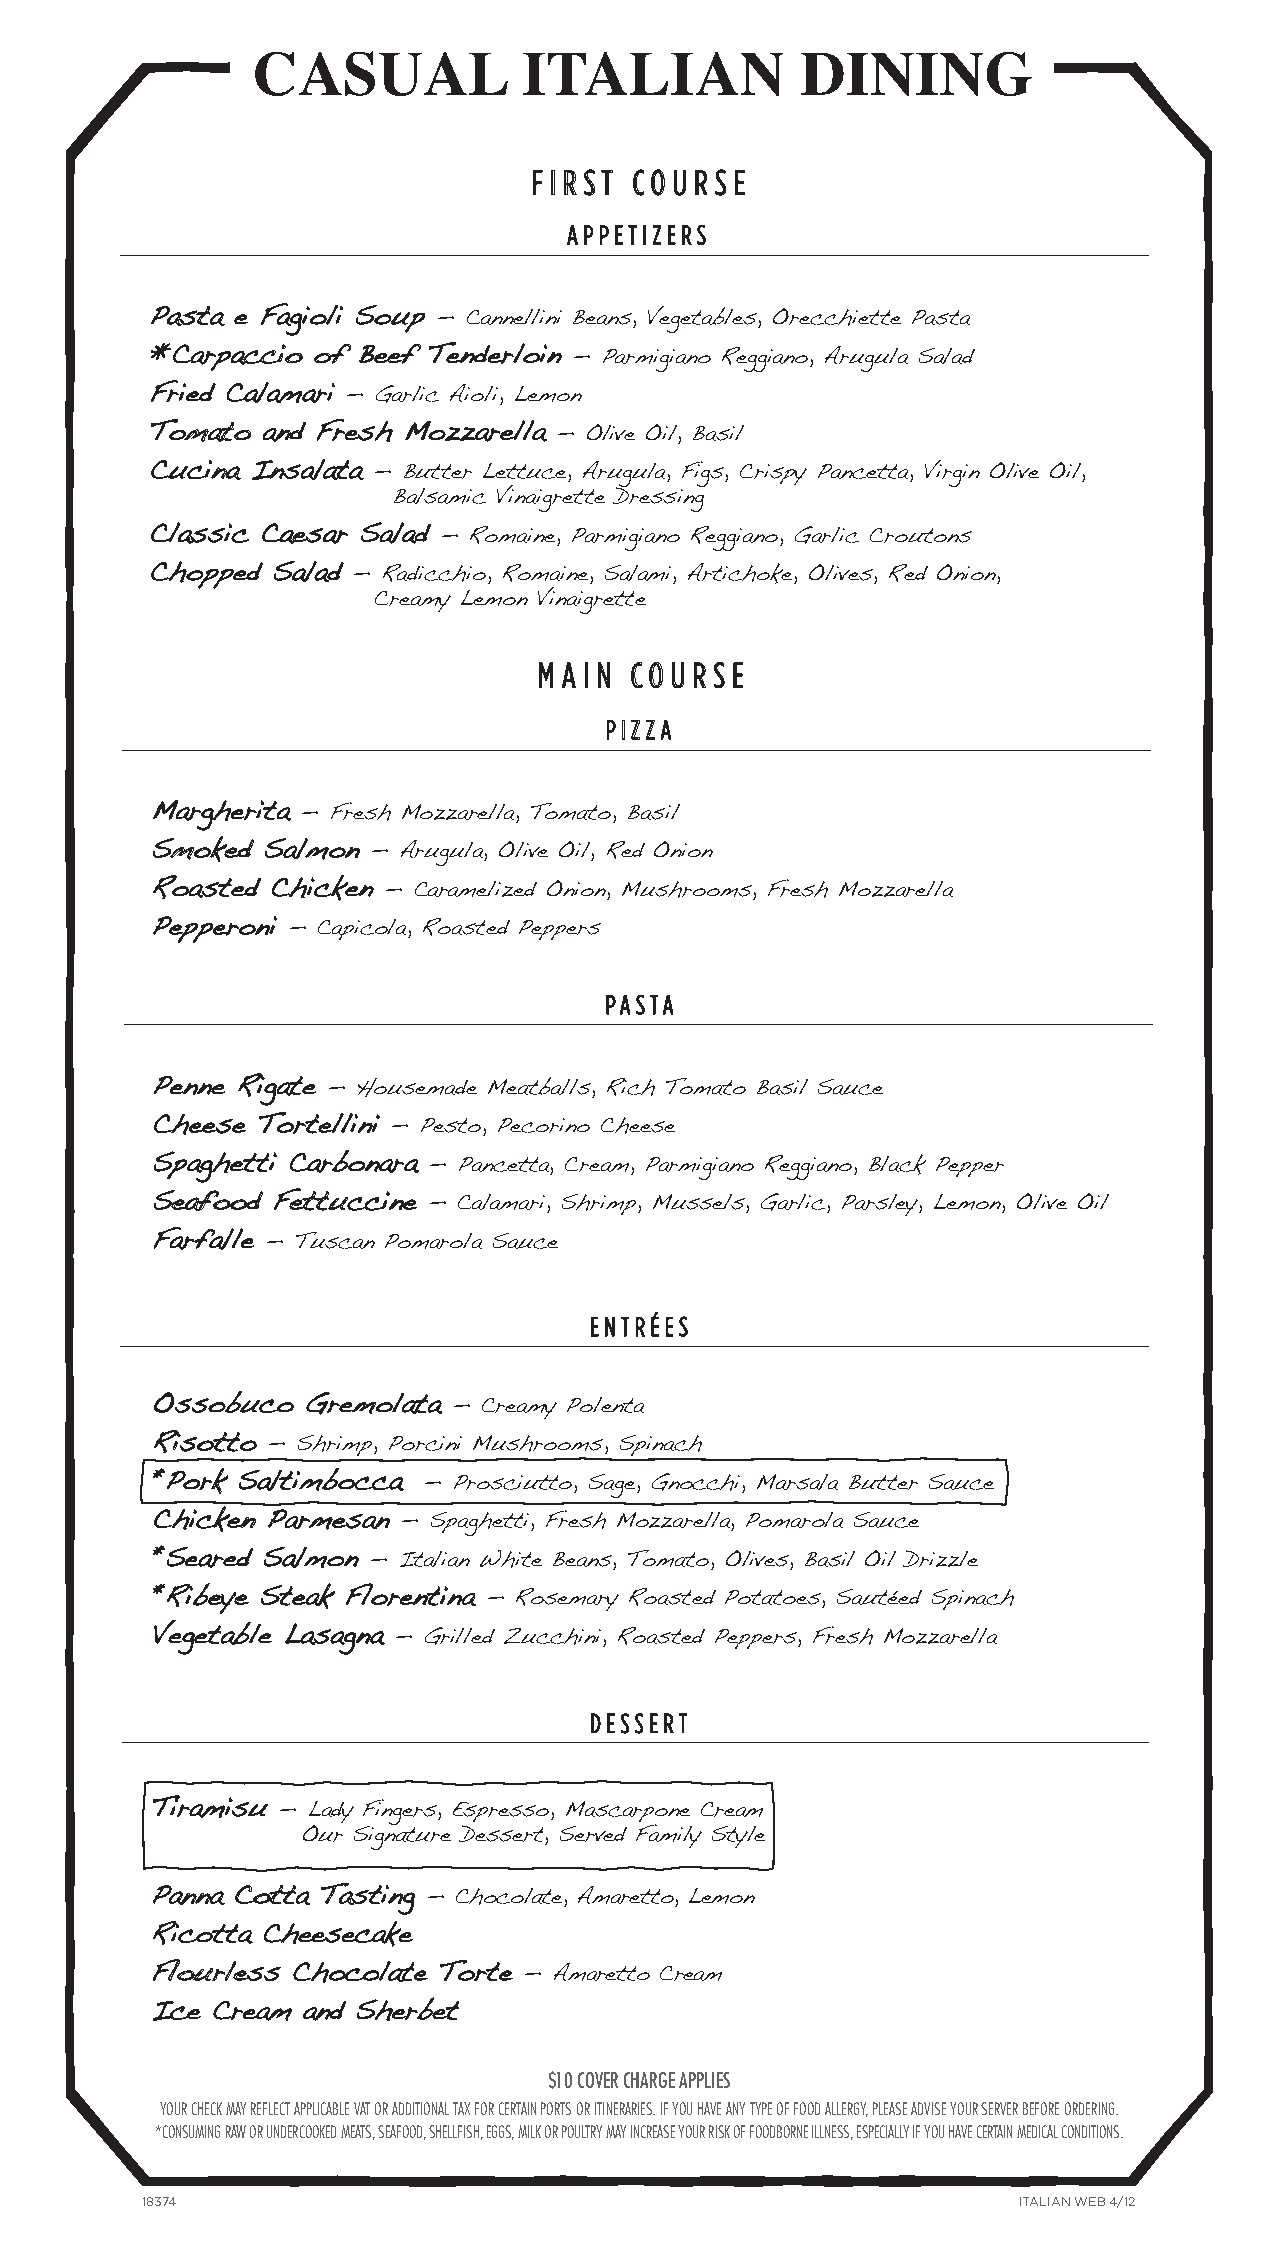
CASUAL            ITALIAN           DINING
 F I R S T CO U R S E
 APPETIZERS
 Pasta e Fagioli Soup — Cannellini Beans, Vegetables, Orecchiette Pasta
 *Carpaccio of Beef Tenderloin — Parmigiano Reggiano, Arugula Salad
 Fried Calamari — Garlic Aioli, Lemon
 Tomato and Fresh Mozzarella — Olive Oil, Basil
 Cucina Insalata — Butter Lettuce, Arugula, Figs, Crispy Pancetta, Virgin Olive Oil,
 Balsamic Vinaigrette Dressing
 Classic Caesar Salad — Romaine, Parmigiano Reggiano, Garlic Croutons
 Chopped Salad — Radicchio, Romaine, Salami, Artichoke, Olives, Red Onion,
 Creamy Lemon Vinaigrette
 M A I N CO U R S E
 PIZZA
 Margherita — Fresh Mozzarella, Tomato, Basil
 Smoked Salmon  — Arugula, Olive Oil, Red Onion
 Roasted Chicken — Caramelized Onion, Mushrooms, Fresh Mozzarella
 Pepperoni — Capicola, Roasted Peppers
 PASTA
 Penne Rigate — Housemade Meatballs, Rich Tomato Basil Sauce
 Cheese Tortellini — Pesto, Pecorino Cheese
 Spaghetti Carbonara — Pancetta, Cream, Parmigiano Reggiano, Black Pepper
 Seafood Fettuccine — Calamari, Shrimp, Mussels, Garlic, Parsley, Lemon, Olive Oil
 Farfalle — Tuscan Pomarola Sauce
 ENTRÉES
 Ossobuco  Gremolata — Creamy Polenta
 Risotto — Shrimp, Porcini Mushrooms, Spinach
 *Pork Saltimbocca — Prosciutto, Sage, Gnocchi, Marsala Butter Sauce
 Chicken Parmesan — Spaghetti, Fresh Mozzarella, Pomarola Sauce
 *Seared Salmon — Italian White Beans, Tomato, Olives, Basil Oil Drizzle
 *Ribeye Steak Florentina — Rosemary Roasted Potatoes, Sautéed Spinach
 Vegetable Lasagna — Grilled Zucchini, Roasted Peppers, Fresh Mozzarella
 DESSERT
 Tiramisu — Lady Fingers, Espresso, Mascarpone Cream
 Our Signature Dessert, Served Family Style
 Panna Cotta Tasting — Chocolate, Amaretto, Lemon
 Ricotta Cheesecake
 Flourless Chocolate Torte — Amaretto Cream
 Ice Cream and Sherbet
 $10 COVER CHARGE APPLIES
 YOUR CHECK MAY REFLECT APPLICABLE VAT OR ADDITIONAL TAX FOR CERTAIN PORTS OR ITINERARIES. IF YOU HAVE ANY TYPE OF FOOD ALLERGY, PLEASE ADVISE YOUR SERVER BEFORE ORDERING.
 *CONSUMING RAW OR UNDERCOOKED MEATS, SEAFOOD, SHELLFISH, EGGS, MILK OR POULTRY MAY INCREASE YOUR RISK OF FOODBORNE ILLNESS, ESPECIALLY IF YOU HAVE CERTAIN MEDICAL CONDITIONS.
 18374                                                     ITALIAN WEB 4/12